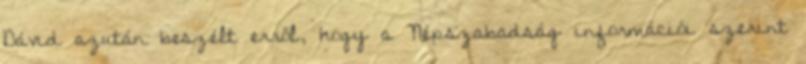
Dávid azután beszélt erről, hogy a Népszabadság információi szerint